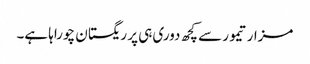
مزار تیمور سے کچھ دوری ہی پر ریگستان چوراہا ہے۔